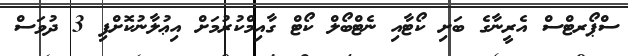
ސްޕޯރޓްސް އެރީނާގެ ބަށި ކޯޓާއި ނެޓްބޯލް ކޯޓް ގާއިމްކުރުމަށް އިޢުލާނުކޮށްފި 3 ދުވަސް